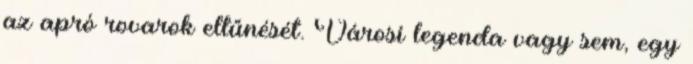
az apró rovarok eltűnését. Városi legenda vagy sem, egy